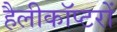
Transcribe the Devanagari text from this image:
हैलीकॉप्टरों